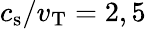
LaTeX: c_{\mathrm{s}}/v_{\mathrm{T}}=2,5